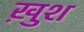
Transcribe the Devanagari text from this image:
खु़श